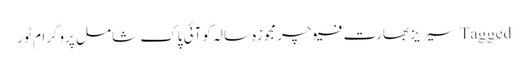
Tagged سیریز بھارت فیوچر مجوزہ سالہ کوآئی پاک شامل پروگرام ٹور